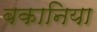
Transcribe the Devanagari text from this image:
बकानिया